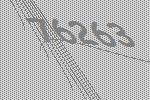
76263